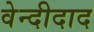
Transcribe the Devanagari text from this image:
वेन्दीदाद